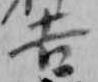
吉